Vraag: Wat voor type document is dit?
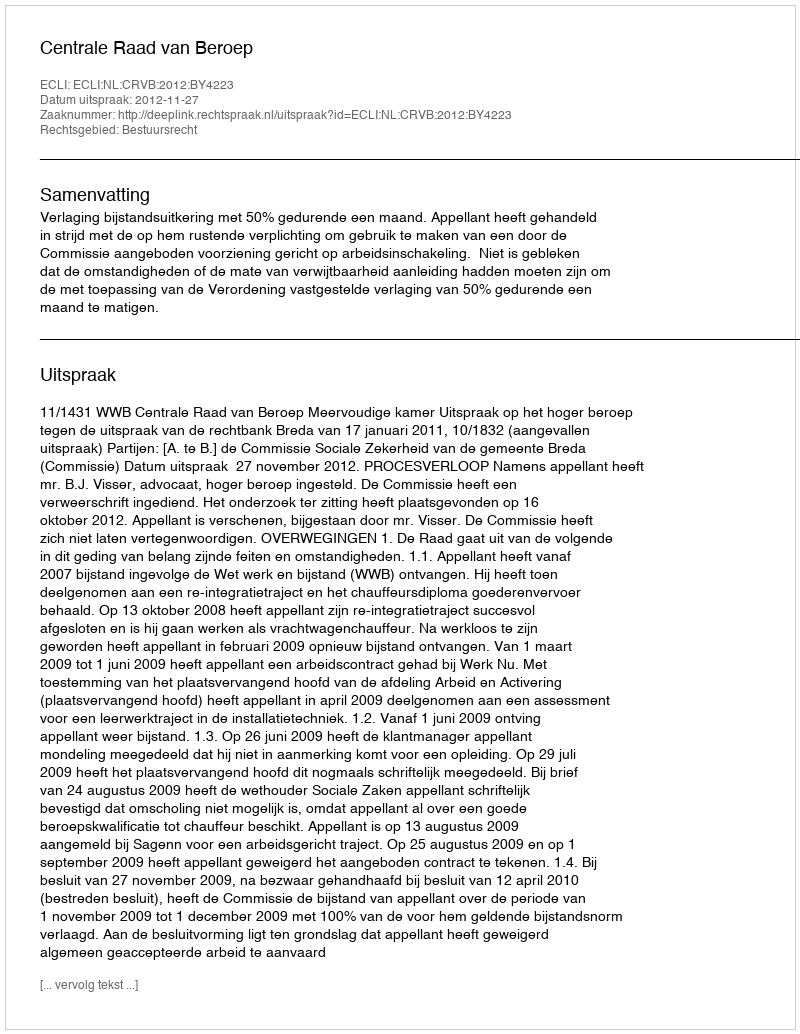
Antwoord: Uitspraak